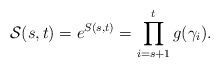
\begin{align*}\mathcal{S}(s,t)=e^{S(s,t)}=\prod\limits_{i=s+1}^{t}g(\gamma_i).\end{align*}